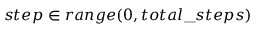
s t e p \in r a n g e ( 0 , t o t a l \textunderscore s t e p s )